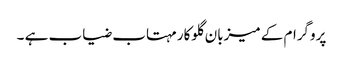
پروگرام کے میزبان گلوکار مہتاب ضیاب ہے ۔